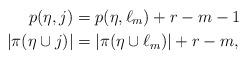
LaTeX: \begin{align*}p(\eta,j)&=p(\eta,\ell_{m})+r-m-1 \quad\\|\pi(\eta\cup j)|&=|\pi(\eta \cup \ell_{m})|+r-m,\end{align*}